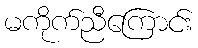
မကိုက်ညီကြောင်း